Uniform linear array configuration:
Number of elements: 12
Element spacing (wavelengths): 0.75
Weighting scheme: hamming
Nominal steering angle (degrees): -15
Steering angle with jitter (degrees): -15.348
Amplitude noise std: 0.05
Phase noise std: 0.05

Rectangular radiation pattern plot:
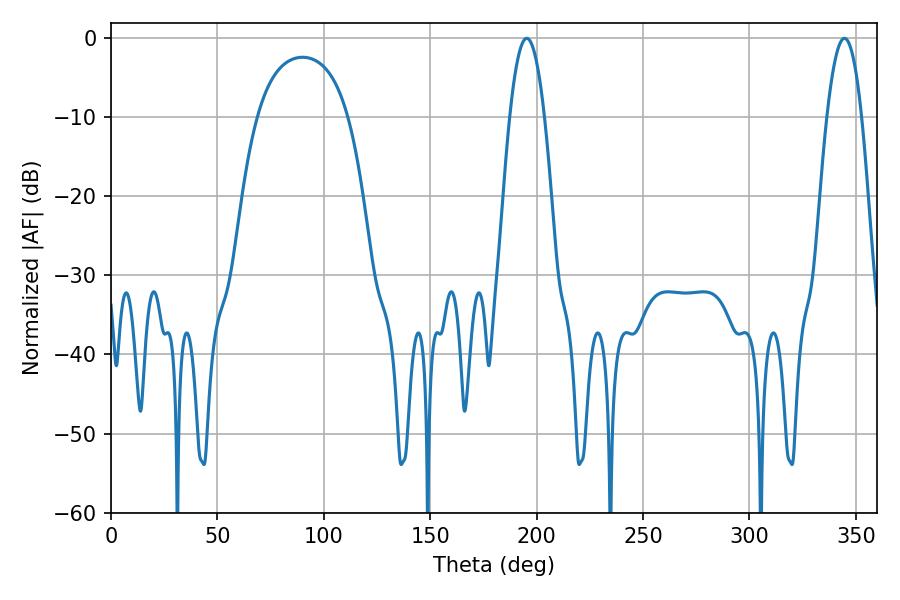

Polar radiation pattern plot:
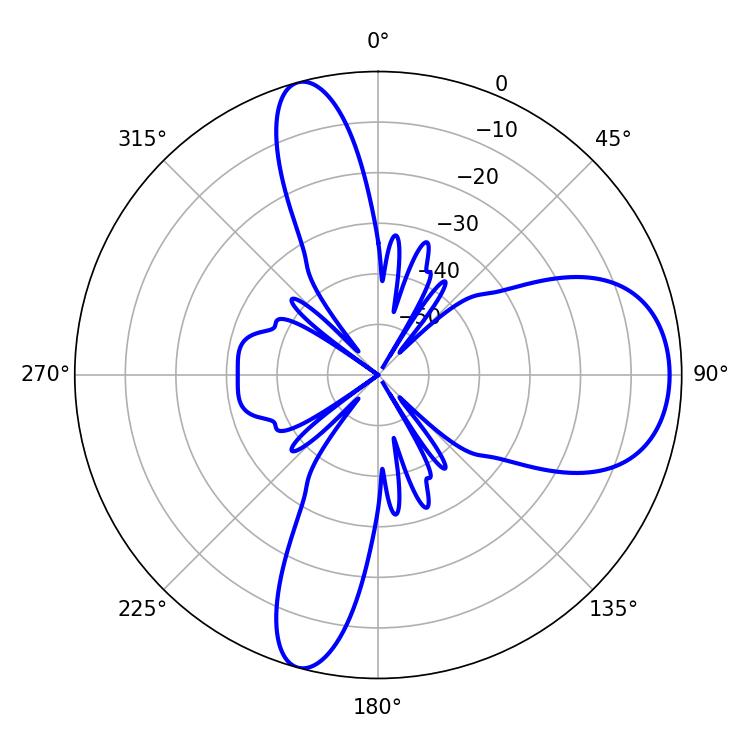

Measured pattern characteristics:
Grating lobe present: TRUE
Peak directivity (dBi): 9.891
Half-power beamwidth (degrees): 8.82
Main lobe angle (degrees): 195.3